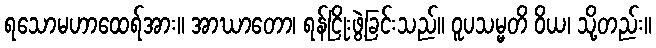
ရသောမဟာထေရ်အား။ အာဃာတော၊ ရန်ငြိုးဖွဲ့ခြင်းသည်။ ဝူပသမ္မတိ ဝိယ၊ သို့တည်း။